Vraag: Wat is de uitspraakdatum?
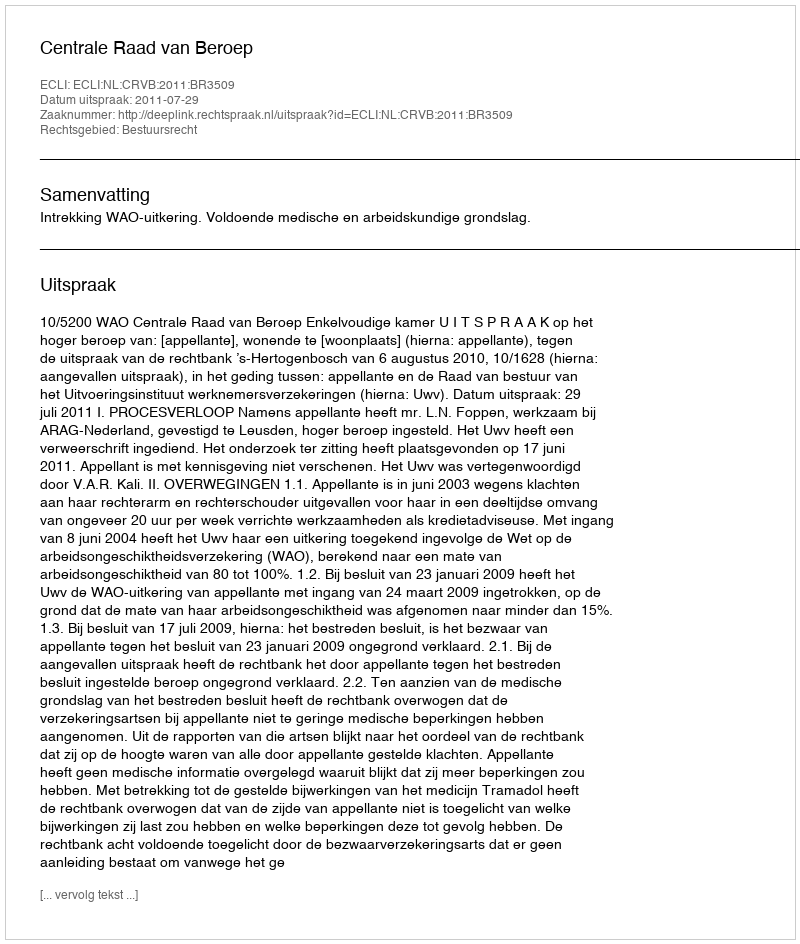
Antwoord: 2011-07-29